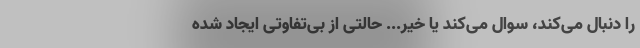
را دنبال می‌کند، سوال می‌کند یا خیر... حالتی از بی‌تفاوتی ایجاد شده